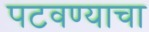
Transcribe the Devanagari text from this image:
पटवण्याचा